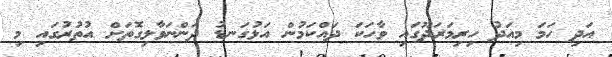
އަދި ހަމަ މިއަދު ހިރިމަރަދޫގައި ވާހަކަ ދައްކަމުން އަޅުގަނޑު ދަންނަވާލިގޮތަށް އުތުރުގައި މި